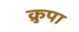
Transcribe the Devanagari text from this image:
क्रुपा